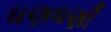
ધણધણી